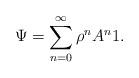
LaTeX: \begin{align*}\Psi= \sum_{n=0}^\infty \rho^n A^n 1. \end{align*}